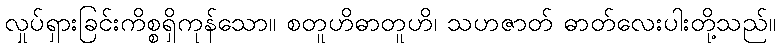
လှုပ်ရှားခြင်းကိစ္စရှိကုန်သော။ စတူဟိဓာတူဟိ၊ သဟဇာတ် ဓာတ်လေးပါးတို့သည်။